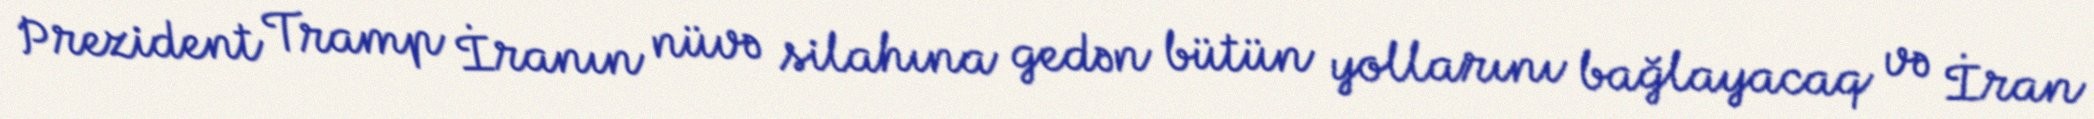
Prezident Tramp İranın nüvə silahına gedən bütün yollarını bağlayacaq və İran